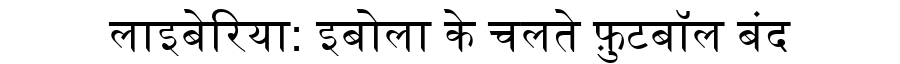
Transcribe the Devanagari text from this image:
लाइबेरिया: इबोला के चलते फ़ुटबॉल बंद